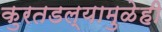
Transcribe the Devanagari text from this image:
कुरतडल्यामुळेही